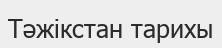
Тәжікстан тарихы